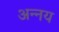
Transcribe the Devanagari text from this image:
अन्‍नय